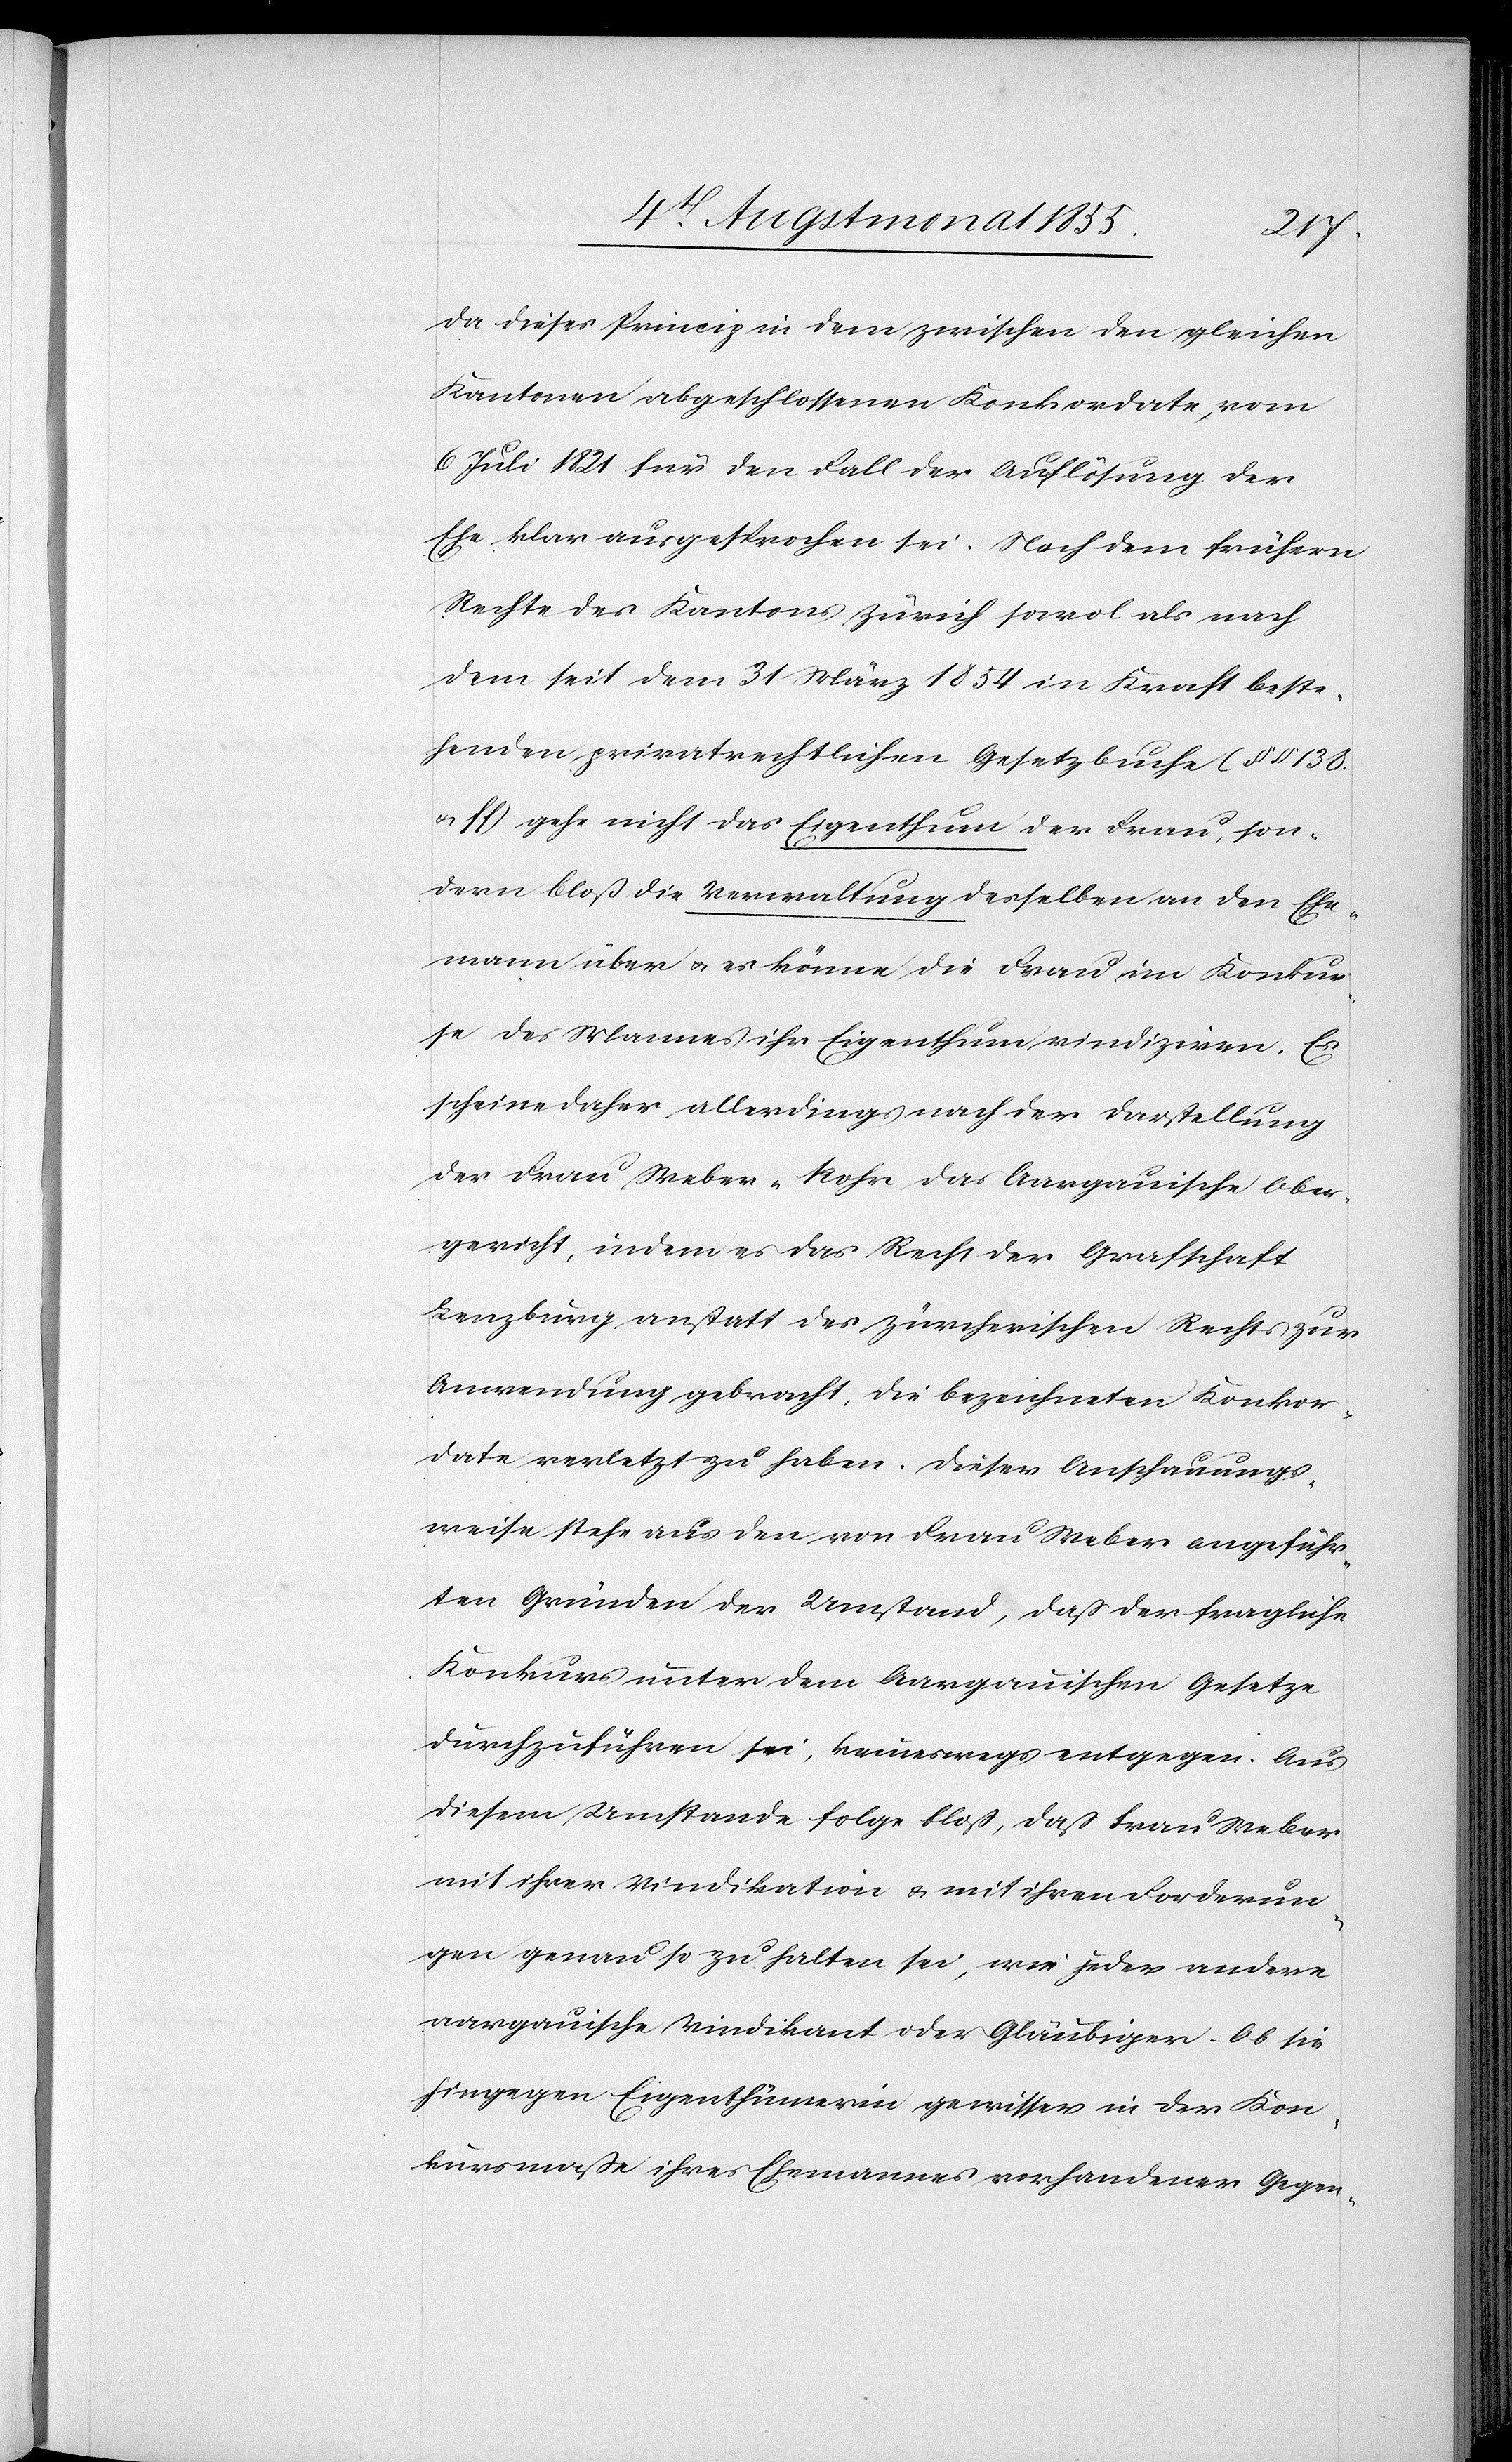
da dieses Princip in dem zwischen den gleichen
Kantonen abgeschlossenen Konkordate, vom
6 Juli 1821 für den Fall der Auflösung der
Ehe klar ausgesprochen sei. Nach dem frühern
Rechte des Kantons Zürich sowol als nach
dem seit dem 31 März 1854 in Kraft beste¬
henden privatrechtlichen Gesetzbuche (§§ 138.
& ff) gehe nicht das Eigenthum der Frau, son¬
dern bloß die Verwaltung desselben an den Ehe¬
mann über & es könne die Frau im Konkur¬
se des Mannes ihr Eigenthum vindiziren. Es
scheine daher allerdings nach der Darstellung
der Frau Weber-Rohr das Aargauische Ober¬
gericht, indem es das Recht der Grafschaft
Lenzburg anstatt des zürcherischen Rechts zur
Anwendung gebracht, die bezeichneten Konkor¬
date verletzt zu haben. Dieser Anschauungs¬
weise stehe aus den von Frau Weber angeführ¬
ten Gründen der Umstand, daß der fragliche
Konkurs unter dem Aargauischen Gesetze
durchzuführen sei, keineswegs entgegen. Aus
diesem Umstande folge bloß, daß Frau Weber
mit ihrer Vindikation & mit ihren Forderun¬
gen genau so zu halten sei, wie jeder andere
aargauische Vindikant oder Gläubiger. Ob sie
hingegen Eigenthümerin gewisser in der Kon¬
kursmaße ihres Ehemannes vorhandener Gegen-